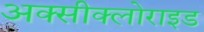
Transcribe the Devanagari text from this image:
अक्‍सीक्‍लोराइड